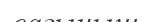
сағыныш